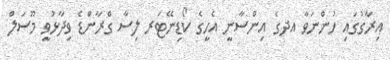
އިރާގުގައި ހުންނަވާ އދގެ އިންސާނީ އެހީގެ ކޯޑިނޭޓަރ ލިސާ ގްރާންޑެ ވިދާޅުވީ މޫސަލް